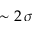
\sim 2 \, \sigma